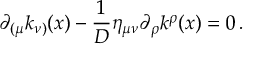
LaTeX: \partial _ { ( \mu } k _ { \nu ) } ( x ) - \frac 1 D \eta _ { \mu \nu } \partial _ { \rho } k ^ { \rho } ( x ) = 0 \, .